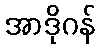
အာဒိုဂန်